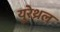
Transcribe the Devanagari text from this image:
युरेथ्रल